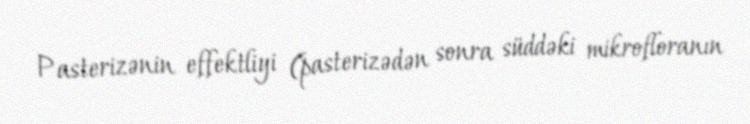
Pasterizənin effektliyi (pasterizədən sonra süddəki mikrofloranın